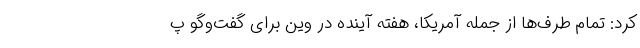
کرد: تمام طرف‌ها از جمله آمریکا، هفته آینده در وین برای گفت‌وگو پ